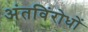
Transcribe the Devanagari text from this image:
अंतविंरोधों